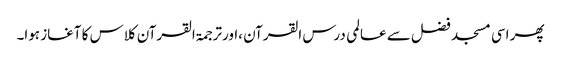
پھر اسی مسجد فضل سے عالمی درس القرآن ،اورترجمۃ القرآن کلاس کا آغاز ہوا۔